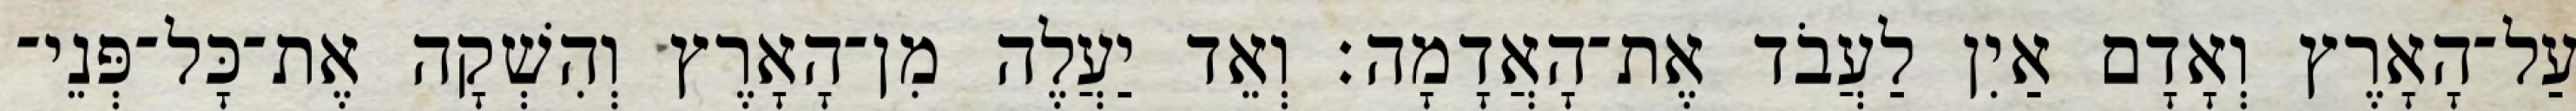
עַל־הָאָרֶץ וְאָדָם אַיִן לַעֲבֹד אֶת־הָאֲדָמָה׃ וְאֵד יַעֲלֶה מִן־הָאָרֶץ וְהִשְׁקָה אֶת־כָּל־פְּנֵי־